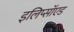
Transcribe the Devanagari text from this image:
इलिप्सॉएड